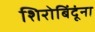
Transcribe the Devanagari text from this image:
शिरोबिंदूंना